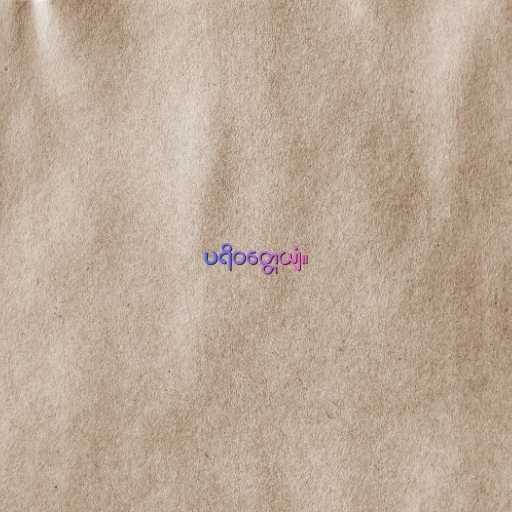
ပရိဝတ္တေယျံ။